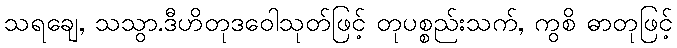
သရချေ, သသွာ.ဒီဟိတုဒဝေါသုတ်ဖြင့် တုပစ္စည်းသက်, ကွစိ ဓာတုဖြင့်